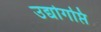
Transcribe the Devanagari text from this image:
उद्योगप्ति